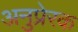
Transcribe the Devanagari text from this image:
अनुप्रेरक